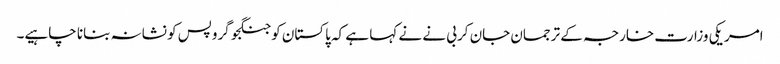
امریکی وزارت خارجہ کے ترجمان جان کربی نے نے کہا ہے کہ پاکستان کو جنگجو گروپس کو نشانہ بنانا چاہیے۔